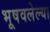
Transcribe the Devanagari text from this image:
भूषवलेल्या